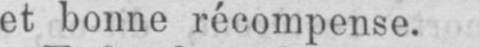
et bonne récompense.